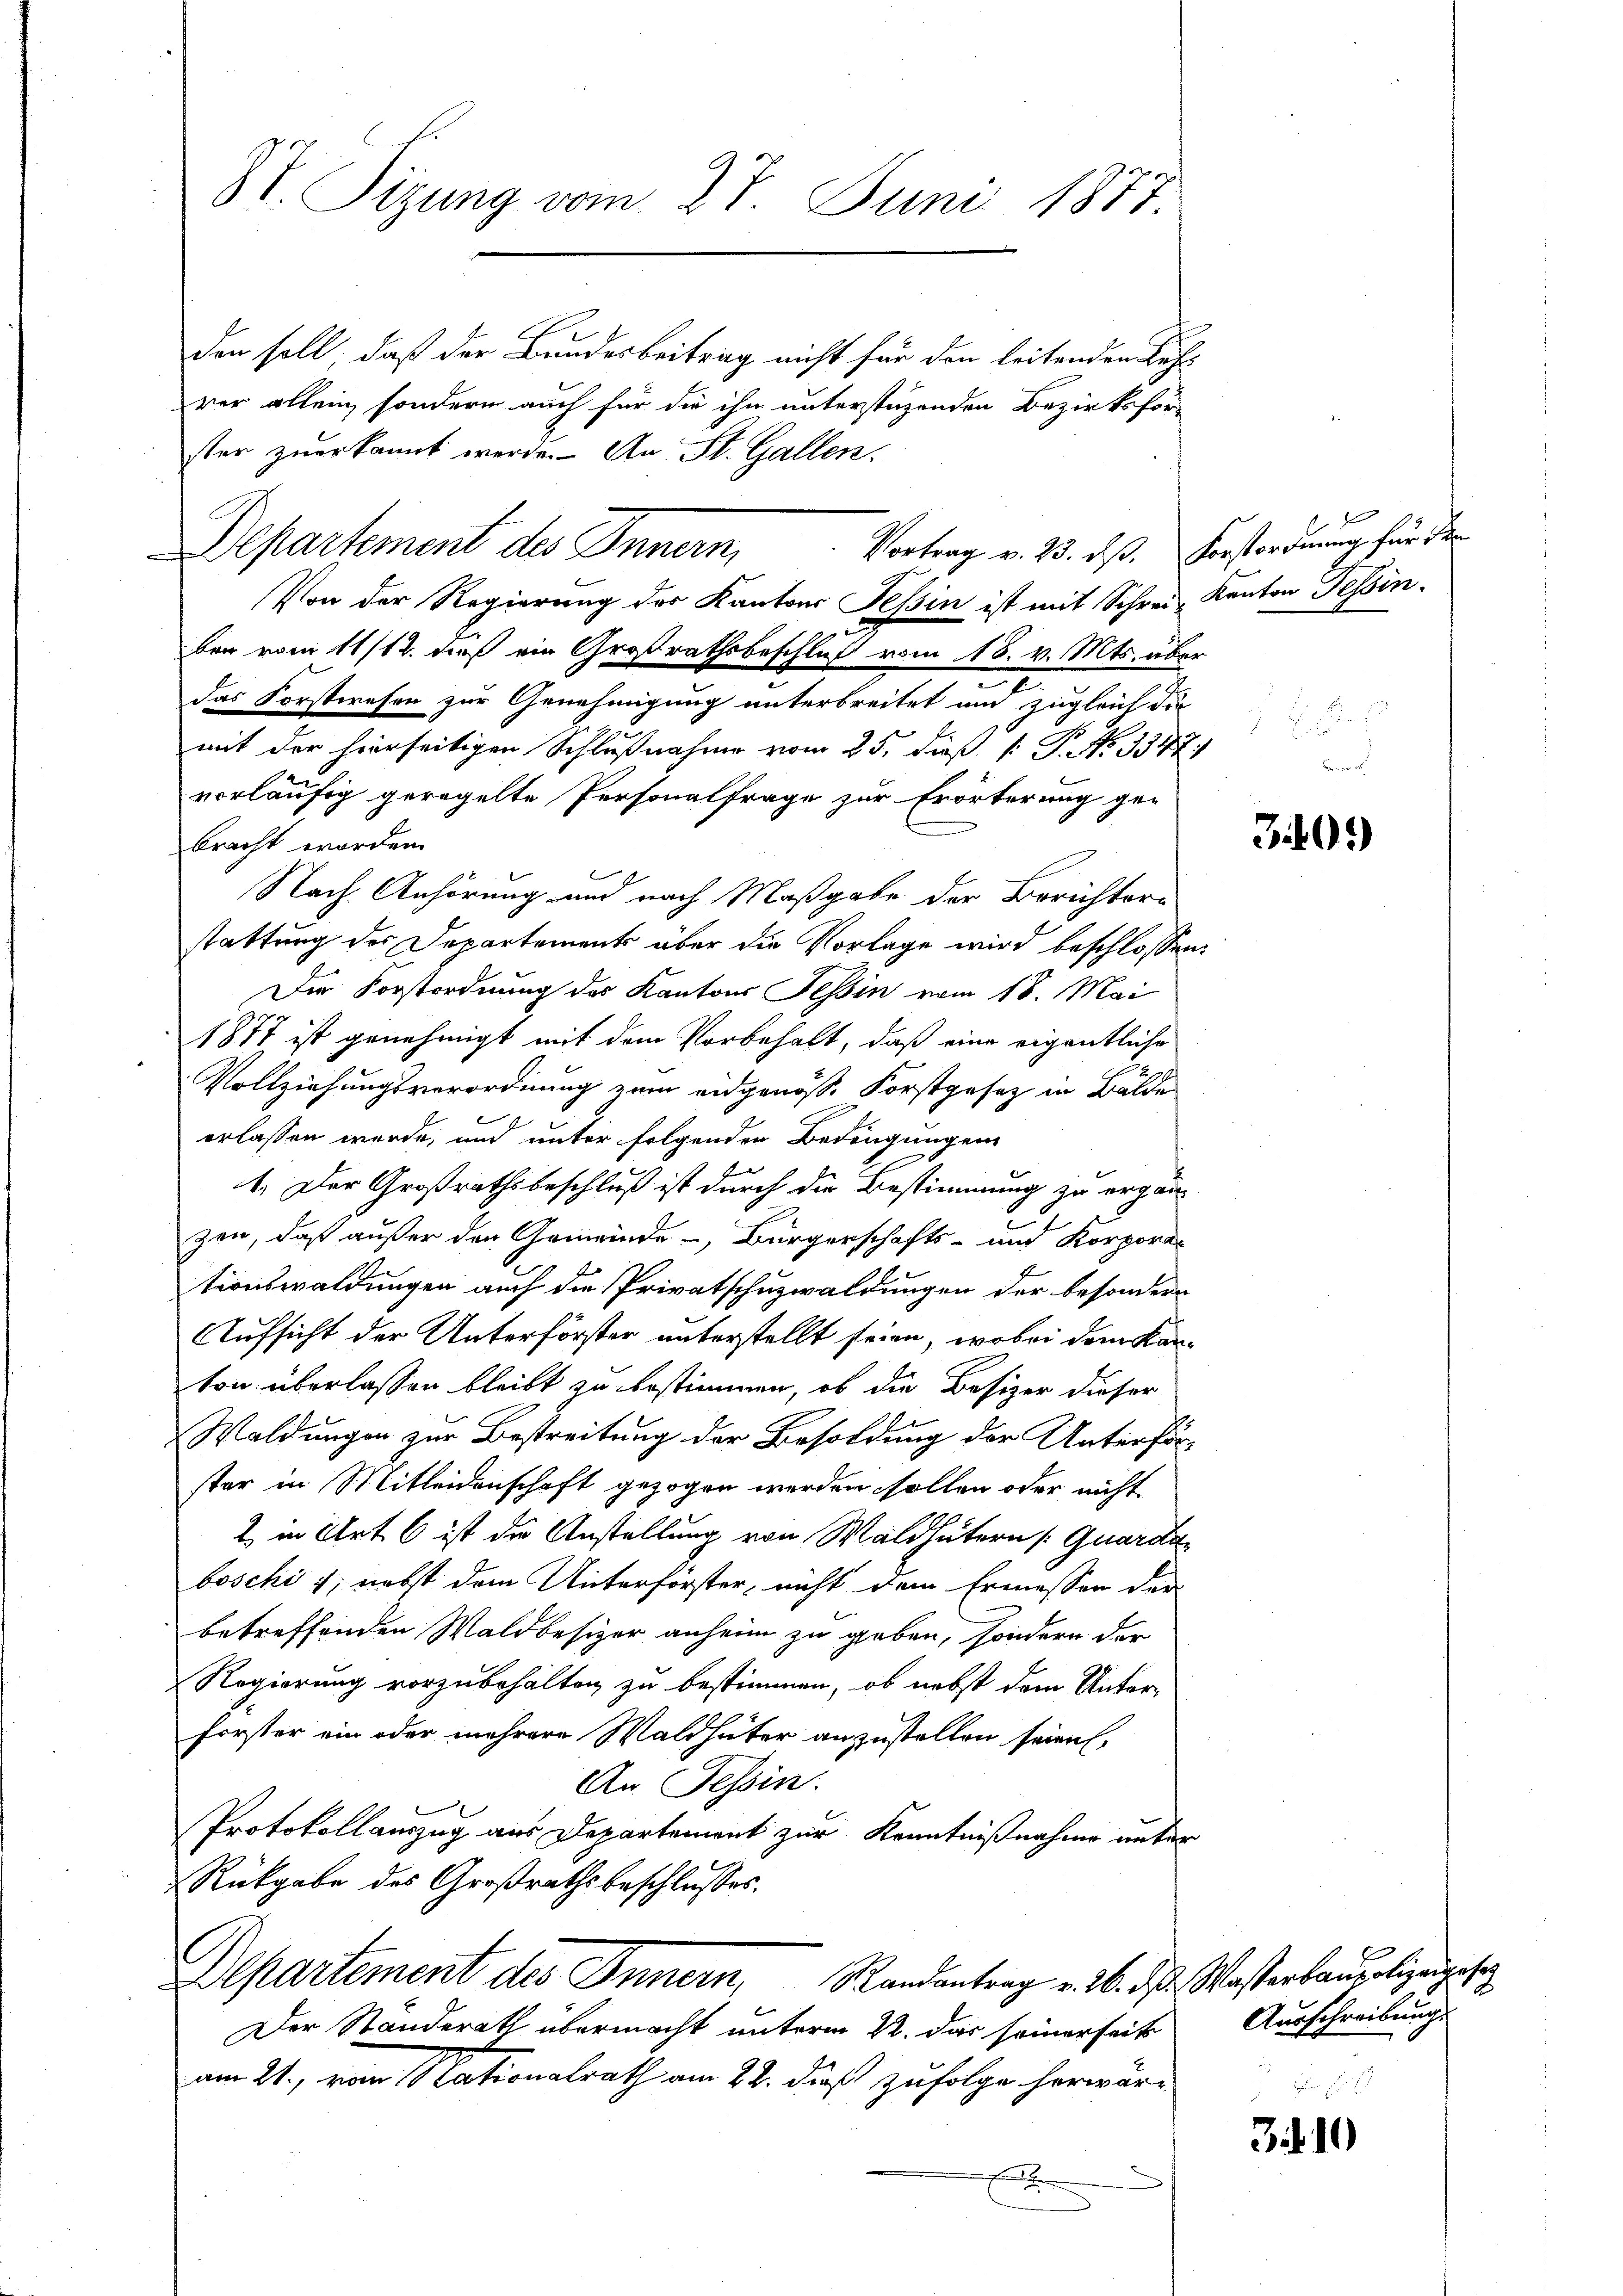
8t. Sizung vom 27. Juni 1877.

den soll, daß der Bundesbeitrag nicht für den leitenden Rech
rer allein, sondern auch für die ihn unterstüzenden Bezirksfor-
ster zuerkannt werde. An St. Gallen.
ben vom 11/12. dieß ein Großrathsbeschluß vom 18. v. Mts. über
das Forstwesen zur Genehmigung unterbreitet und zugleich die
mit der hierseitigen Schlußnahme vom 25. dieß P. P. No. 3347)
vorläufig geregelte Personalfrage zur Erörterung ge-
bracht worden.
Nach Anhörung und nach Maßgabe der Berichterstattung des Departements über die Vorlage wird beschlossen:
Die Forstordnung des Kantons Tessin vom 18. Mai
1877 ist genehmigt mit dem Vorbehalt, daß eine eigentliche
Vollziehungsverordnung zum eidgenösse Forstgesetz in Bälde
erlassen werde, und unter folgenden Bedingungen
Kan
1. Der Großrathsbeschluß ist durch die Bestimmung zu ergän-
2
zen, daß außer den Gemeinde-, Bürgerschafts- und Korpora-
tionswaldungen auch die Privatschuzwaldungen der besonder
Aufsicht der Unterförster unterstellt seien, wobei dem Kanton überlassen bleibt zu bestimmen, ob die Besizer dieser
Waldungen zur Bestreitung der Besoldung der Unterförster in Mitleidenschaft gezogen werden sollen oder nicht
2 in Art 6 ist die Anstellung von Waldhütern Quarda,
boschi 1; nebst dem Unterförster, nicht dem Ermesser der
betreffenden Waldbesizer anheim zu geben, sondern der
Regierung vorzubehalten zu bestimmen, ob nebst dem Antor¬
Forster ein oder mehrere Waldhäter anzustellen seien,
An Tessin.
Protokollauszug aus Departement zur Kenntnißnahme unter
Rückgabe des Großrathsbeschlusses.
Departement des Innern, Randantrag v. 26. ds. Wasserbaupolizeigetr
Der Standerath übermacht unterm 22. das seinerseit
am 21. von Nationalrath am 22. dieß zufolge herwär
x

Vortrag v. 25. dß. Vorstordnung für der
Departement des Innern,
Von der Regierung des Kantons Tessin ist mit Schrei Kanton Tessin¬

d

349)

Ausschreibung.

310